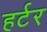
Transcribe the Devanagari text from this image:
हर्टर